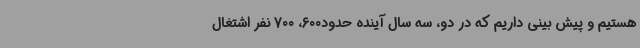
هستیم و پیش بینی داریم که در دو، سه سال آینده حدود600، 700 نفر اشتغال